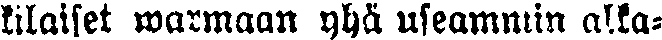
kilaiset warmaan yhä useammin alka-